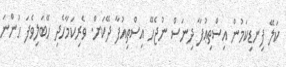
ކަލޭ ފިނޑިކަމުން އިސްތިޢުފާ ދިނަސް ނުޖެހޭ އިސްތިއުފާ ދޭކަށް. ވެރިކަމާހެދި ހޭބަލިވެފަ ހުންނަ